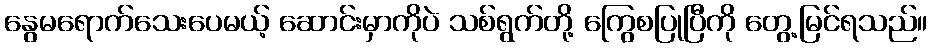
နွေမရောက်သေးပေမယ့် ဆောင်းမှာကိုပဲ သစ်ရွက်တို့ ကြွေစပြုပြီကို တွေ့မြင်ရသည်။